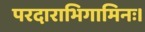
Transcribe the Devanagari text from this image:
परदाराभिगामिनः।